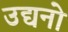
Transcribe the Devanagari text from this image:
उद्यनो